画像に写った文字を読んでください
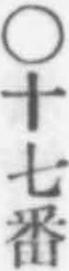
「○十七番」と書いてあります